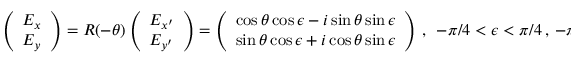
\left( \begin{array} { l } { E _ { x } } \\ { E _ { y } } \end{array} \right) = R ( - \theta ) \left( \begin{array} { l } { E _ { x ^ { \prime } } } \\ { E _ { y ^ { \prime } } } \end{array} \right) = \left( \begin{array} { l } { \cos \theta \cos \epsilon - i \sin \theta \sin \epsilon } \\ { \sin \theta \cos \epsilon + i \cos \theta \sin \epsilon } \end{array} \right) \, , ~ ~ - \pi / 4 < \epsilon < \pi / 4 \, , ~ - \pi / 2 < \theta < \pi / 2 \, .